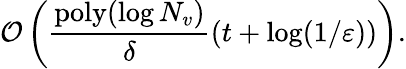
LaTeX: \mathcal{O}\left(\frac{\mathrm{poly}(\log N_{v})}{\delta}\left(t+\log(1/\varepsilon)\right)\right).